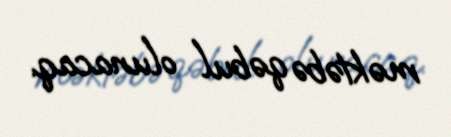
məktəbə qəbul olunacaq.